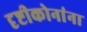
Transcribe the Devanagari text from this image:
दृष्टीकोनांना